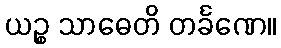
ယဉ္စ သာဓေတိ တင်္ခဏေ။